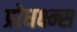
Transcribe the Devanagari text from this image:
प्रोधक्ष्न्स